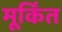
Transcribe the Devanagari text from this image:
मूर्किंत